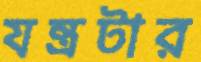
যন্ত্রটার